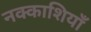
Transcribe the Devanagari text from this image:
नक्काशियाँ